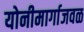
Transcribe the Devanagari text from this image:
योनीमार्गाजवळ